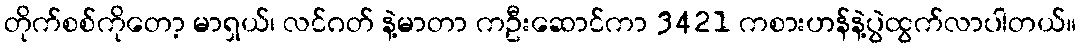
တိုက်စစ်ကိုတော့ မာရှယ်၊ လင်ဂတ် နဲ့မာတာ ကဦးဆောင်ကာ 3421 ကစားဟန်နဲ့ပွဲထွက်လာပါတယ်။